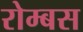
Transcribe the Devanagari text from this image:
रोम्बस